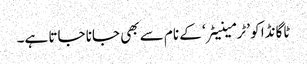
ٹاگانڈا کو ’ٹرمینیٹر‘ کے نام سے بھی جانا جاتا ہے۔